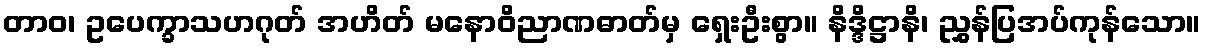
တာဝ၊ ဥပေက္ခာသဟဂုတ် အဟိတ် မနောဝိညာဏဓာတ်မှ ရှေးဦးစွာ။ နိဒ္ဒိဋ္ဌာနိ၊ ညွှန်ပြအပ်ကုန်သော။